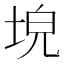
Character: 𡌗